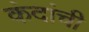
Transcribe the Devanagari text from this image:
कंदांची